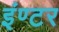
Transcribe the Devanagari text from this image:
इंण्टर